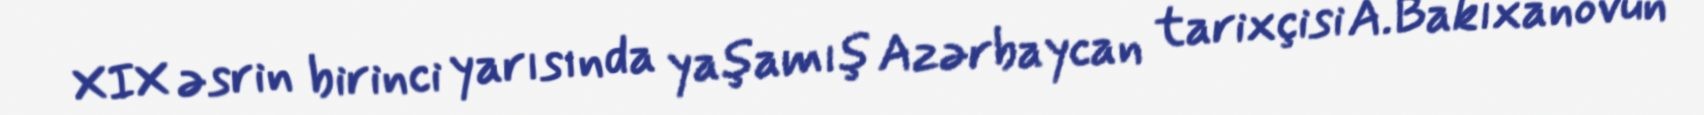
XIX əsrin birinci yarısında yaşamış Azərbaycan tarixçisi A.Bakıxanovun